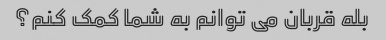
بله قربان می توانم به شما کمک کنم؟